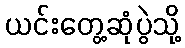
ယင်းတွေ့ဆုံပွဲသို့